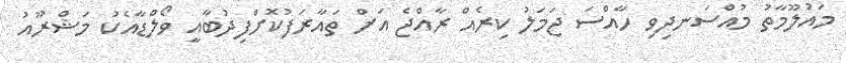
މައުލޫމާތު މުއްސަނދިވި ހާއްސަ ޖަމަލު ކިރެއް ރާއްޖެ އަށް ތައާރަފުކޮށްފިދުބާއީ ވޯލްޑާއެކު މަޝްރޫއު